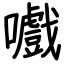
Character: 嚱